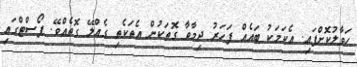
ހަވާލުކޮށްފައި. އެކަމަކު ބައެއް ފަހަރު ދިމާވާ ގޮތަކުން އެތަކެތި ގެއްލޭ ގޮތެއްވޭ. ޕޯސްޓްގައި